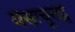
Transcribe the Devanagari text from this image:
मैसाचूसेट्स